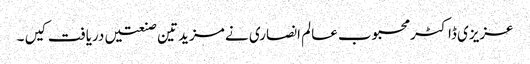
عزیزی ڈاکٹر محبوب عالم انصاری نے مزید تین صنعتیں دریافت کیں ۔